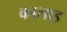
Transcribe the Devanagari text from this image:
कालाइ